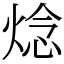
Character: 焾